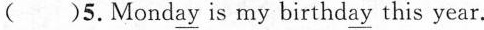
( )5.Monday is my birthday this year.